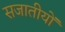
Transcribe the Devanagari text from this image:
सजातीयों